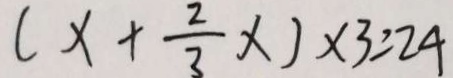
( x + \frac { 2 } { 3 } x ) \times 3 = 2 4